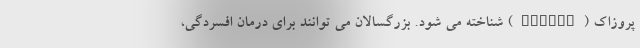
پروزاک (Prozac) شناخته می شود. بزرگسالان می توانند برای درمان افسردگی،